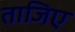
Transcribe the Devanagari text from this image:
ताजिए